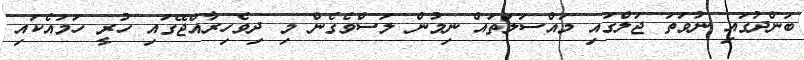
ބަންދުގައި ނުވަތަ ޖަލްގައި މައްސަލަތައް ނިމުން ލަސްވެގެން މި ދިވެހިރާއްޖޭގައި ހުރީ ހަމައެކައި